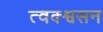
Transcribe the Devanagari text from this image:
त्वक्श्वसन